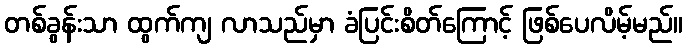
တစ်ခွန်းသာ ထွက်ကျ လာသည်မှာ ခံပြင်းစိတ်ကြောင့် ဖြစ်ပေလိမ့်မည်။